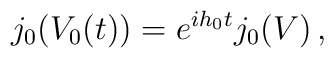
j_0(V_0(t))= e^{ih_0t}j_0(V)\, ,